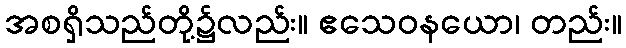
အစရှိသည်တို့၌လည်း။ ဧသေဝနယော၊ တည်း။